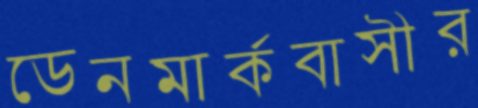
ডেনমার্কবাসীর